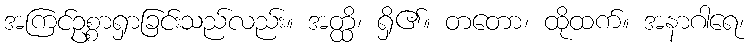
အကြင်ဥစ္စာရှာခြင်းသည်လည်း။ အတ္ထိ၊ ရှိ၏။ တတော၊ ထိုထက်။ အနာဂါရေ၊